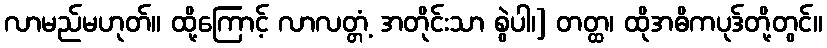
လာမည်မဟုတ်။ ထို့ကြောင့် လာလတ္တံ့ အတိုင်းသာ စွဲပါ၊] တတ္ထ၊ ထိုအဓိကပုဒ်တို့တွင်။